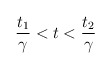
\begin{align*}\frac{t_{1}}{\gamma }<t<\frac{t_{2}}{\gamma }\end{align*}